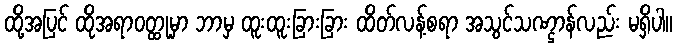
ထို့အပြင် ထိုအရာဝတ္ထုမှာ ဘာမှ ထူးထူးခြားခြား ထိတ်လန့်စရာ အသွင်သဏ္ဌာန်လည်း မရှိပါ။